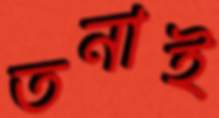
তনাই